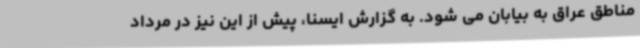
مناطق عراق به بیابان می شود. به گزارش ایسنا، پیش از این نیز در مرداد